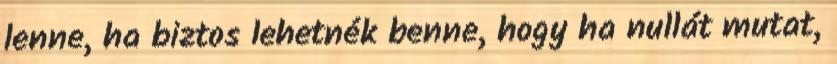
lenne, ha biztos lehetnék benne, hogy ha nullát mutat,